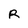
Character: R